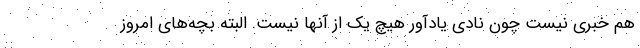
هم خبری نیست چون نادی یادآور هیچ یک از آنها نیست. البته بچه‌های امروز